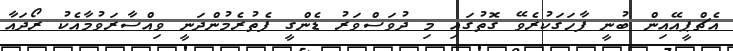
އެޗްޕީއޭއިން ބުނީ ފާހަގަކުރެވޭ ގޮތުގައި މި ދުވަސްވަރު ޑެންގީ ފެތުރެމުންދަނީ ވިއްސާރަވުމާއެކު ރޯދައާ